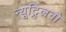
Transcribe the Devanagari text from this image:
न्यूट्र्लिनो